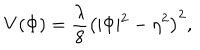
LaTeX: V ( \Phi ) = \frac { \lambda } { 8 } \left( \vert \Phi \vert ^ { 2 } - \eta ^ { 2 } \right) ^ { 2 } ,